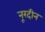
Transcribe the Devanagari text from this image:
नूरदीन